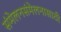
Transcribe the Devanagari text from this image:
संमेलनसंमेलनासाठी